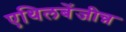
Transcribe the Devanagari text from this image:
एथिलबेंजीन्न